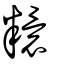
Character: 糫